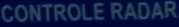
CONTROLE RADAR